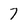
Character: 7